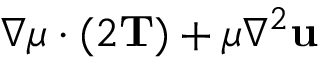
\nabla \mu \cdot ( 2 \mathbf { T } ) + \mu \nabla ^ { 2 } \mathbf { u }